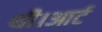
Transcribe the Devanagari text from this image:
थी।आर्ट